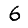
Digit: 6